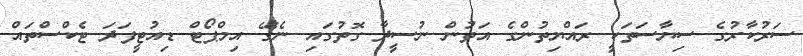
ސަރުކާރުގެ ސިޔާސަތަކީ ރައްޔިތުންގެ އަތުން ނުސީދާ ގޮތުގައި ނެގޭ އިމްޕޯޓް ޑިއުޓީފަދަ ޓެކްސްތައް